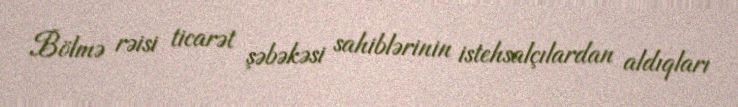
Bölmə rəisi ticarət şəbəkəsi sahiblərinin istehsalçılardan aldıqları